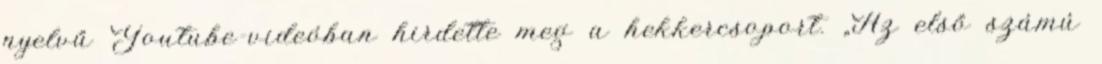
nyelvű Youtube-videóban hirdette meg a hekkercsoport. „Az első számú